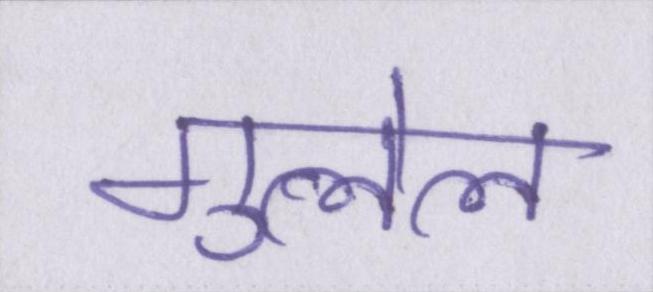
गुलेल